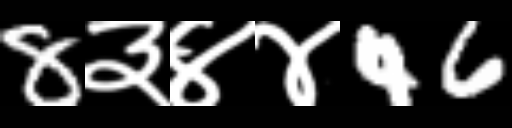
Text: 8३४४46